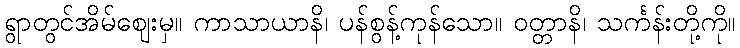
ရွာတွင်အိမ်ဈေးမှ။ ကာသာယာနိ၊ ပန်စွန့်ကုန်သော။ ဝတ္တာနိ၊ သင်္ကန်းတို့ကို။